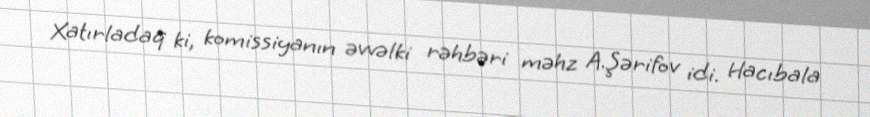
Xatırladaq ki, komissiyanın əvvəlki rəhbəri məhz A.Şərifov idi. Hacıbala